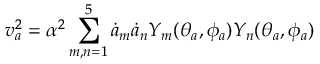
v _ { a } ^ { 2 } = \alpha ^ { 2 } \sum _ { m , n = 1 } ^ { 5 } \dot { a } _ { m } \dot { a } _ { n } Y _ { m } ( \theta _ { a } , \phi _ { a } ) Y _ { n } ( \theta _ { a } , \phi _ { a } )